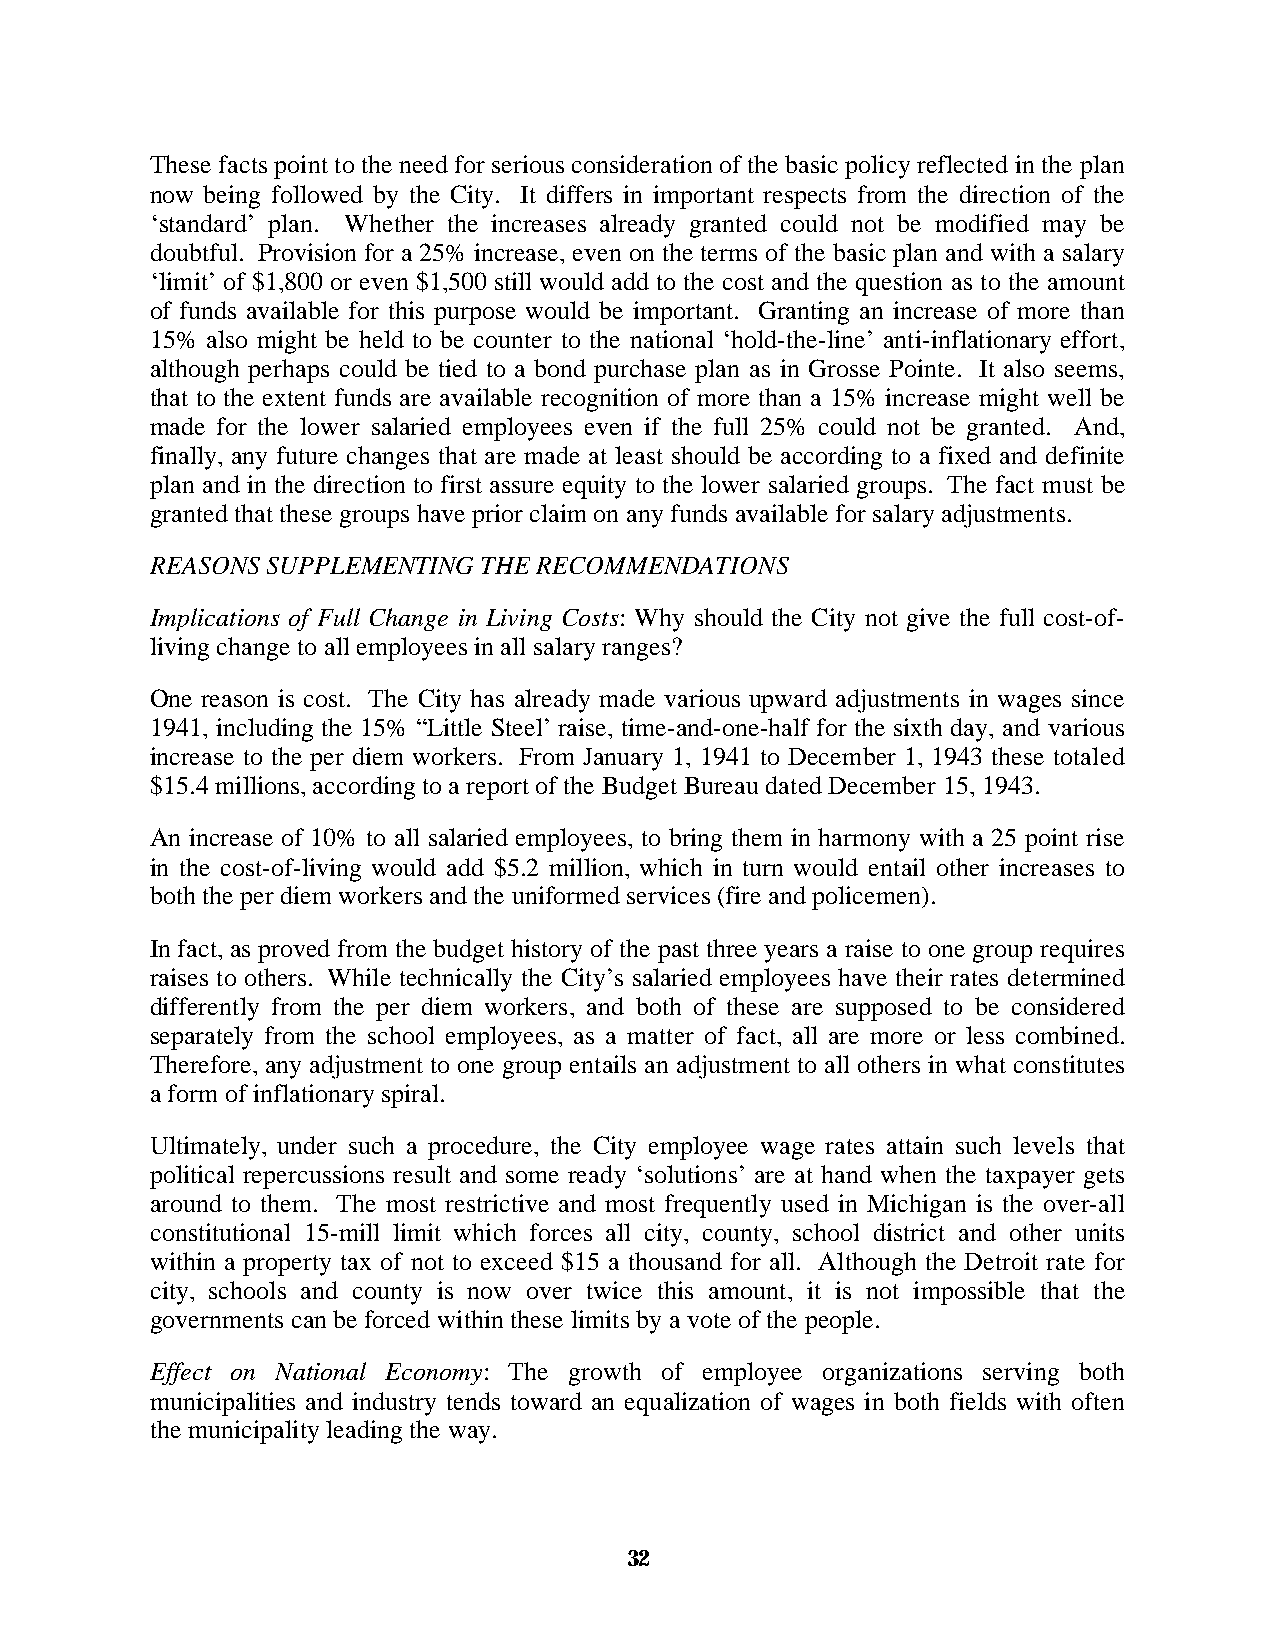
These facts point to the need for serious consideration of the basic policy reflected in the plan
 now being followed by the City. It differs in important respects from the direction of the
 ‘standard’ plan. Whether the increases already granted could not be modified may be
 doubtful. Provision for a 25% increase, even on the terms of the basic plan and with a salary
 ‘limit’ of $1,800 or even $1,500 still would add to the cost and the question as to the amount
 of funds available for this purpose would be important. Granting an increase of more than
 15% also might be held to be counter to the national ‘hold-the-line’ anti-inflationary effort,
 although perhaps could be tied to a bond purchase plan as in Grosse Pointe. It also seems,
 that to the extent funds are available recognition of more than a 15% increase might well be
 made for the lower salaried employees even if the full 25% could not be granted. And,
 finally, any future changes that are made at least should be according to a fixed and definite
 plan and in the direction to first assure equity to the lower salaried groups. The fact must be
 granted that these groups have prior claim on any funds available for salary adjustments.
 REASONS SUPPLEMENTING THE RECOMMENDATIONS
 Implications of Full Change in Living Costs: Why should the City not give the full cost-of-
 living change to all employees in all salary ranges?
 One reason is cost. The City has already made various upward adjustments in wages since
 1941, including the 15% “Little Steel’ raise, time-and-one-half for the sixth day, and various
 increase to the per diem workers. From January 1, 1941 to December 1, 1943 these totaled
 $15.4 millions, according to a report of the Budget Bureau dated December 15, 1943.
 An increase of 10% to all salaried employees, to bring them in harmony with a 25 point rise
 in the cost-of-living would add $5.2 million, which in turn would entail other increases to
 both the per diem workers and the uniformed services (fire and policemen).
 In fact, as proved from the budget history of the past three years a raise to one group requires
 raises to others. While technically the City’s salaried employees have their rates determined
 differently from the per diem workers, and both of these are supposed to be considered
 separately from the school employees, as a matter of fact, all are more or less combined.
 Therefore, any adjustment to one group entails an adjustment to all others in what constitutes
 a form of inflationary spiral.
 Ultimately, under such a procedure, the City employee wage rates attain such levels that
 political repercussions result and some ready ‘solutions’ are at hand when the taxpayer gets
 around to them. The most restrictive and most frequently used in Michigan is the over-all
 constitutional 15-mill limit which forces all city, county, school district and other units
 within a property tax of not to exceed $15 a thousand for all. Although the Detroit rate for
 city, schools and county is now over twice this amount, it is not impossible that the
 governments can be forced within these limits by a vote of the people.
 Effect on National Economy: The growth of employee organizations serving both
 municipalities and industry tends toward an equalization of wages in both fields with often
 the municipality leading the way.
 32